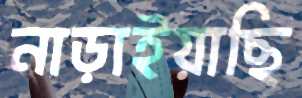
নাড়াইয়াছি